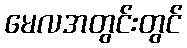
မေလအတွင်းတွင်